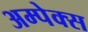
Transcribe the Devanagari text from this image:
अम्पेक्स